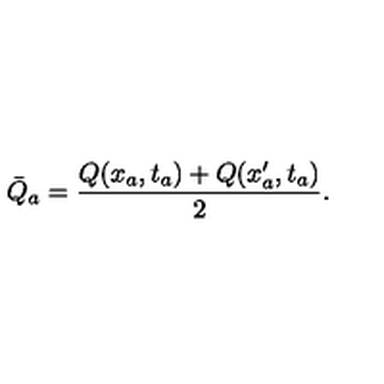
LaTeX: \bar { Q } _ { a } = \frac { Q ( x _ { a } , t _ { a } ) + Q ( x _ { a } ^ { \prime } , t _ { a } ) } { 2 } .